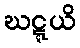
ဃဋ္ဋယိ